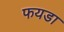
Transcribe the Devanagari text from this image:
फयडा